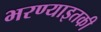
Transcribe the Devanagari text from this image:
भरण्याइतकी